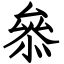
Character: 叅